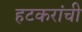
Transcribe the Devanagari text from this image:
हटकरांची